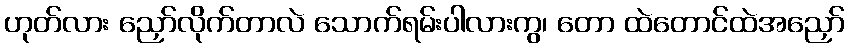
ဟုတ်လား ညှော်လိုက်တာလဲ သောက်ရမ်းပါလားကွ၊ တော ထဲတောင်ထဲအညှော်